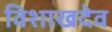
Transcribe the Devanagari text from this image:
विशाखदेव